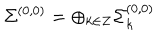
LaTeX: \Sigma ^ { ( 0 , 0 ) } = \oplus _ { k \in Z } \Sigma _ { k } ^ { ( 0 , 0 ) }